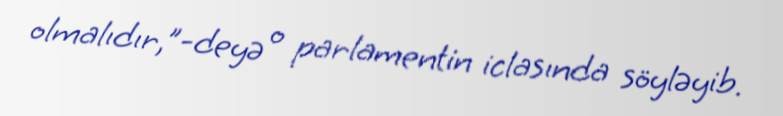
olmalıdır,”-deyə o parlamentin iclasında söyləyib.